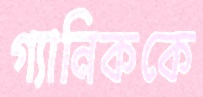
গ্যানিককে